Report of an investigation into the causes of the diseases known in Assam as Kála-Azár and Beri-Beri
Disease focus: Beri-Beri
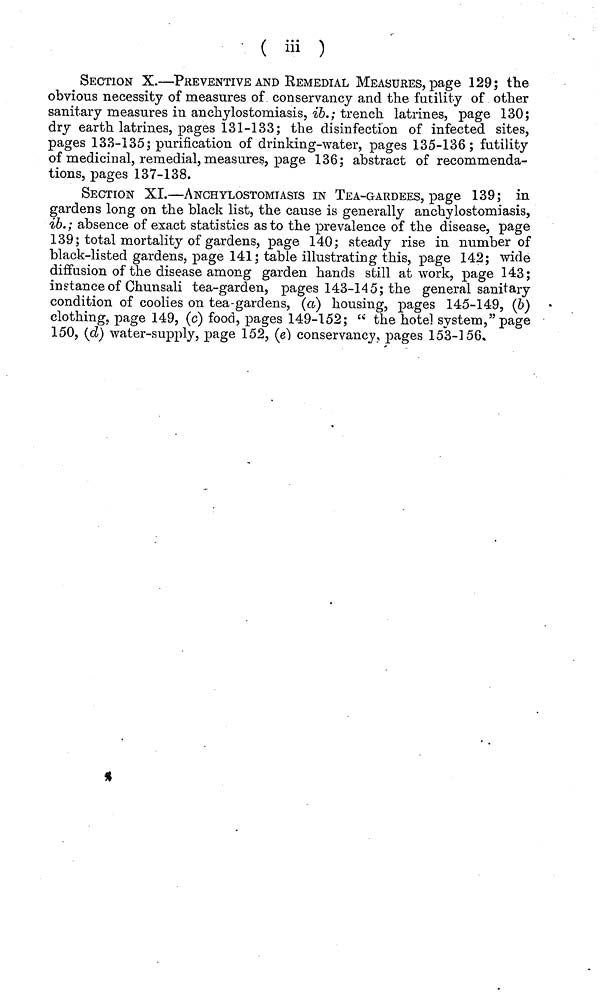
( Hi )
SECTION X.—PREVENTIVE AND REMEDIAL MEASURES, page 129; the
obvious necessity of measures of conservancy and the futility of other
sanitary measures in anchylostomiasis, ib.; trench latrines, page 130;
dry earth latrines, pages 131-133; the disinfection of infected sites,
pages 133-135; purification of drinking-water, pages 135-136; futility
of medicinal, remedial, measures, page 136; abstract of recommenda-
tions, pages 137-138.
SECTION XL—ANCHYLOSTOMIASIS IN TEA-GARDEES, page 139; in
gardens long on the black list, the cause is generally anchylostomiasis,
ib. ; absence of exact statistics as to the prevalence of the disease, page
139; total mortality of gardens, page 140; steady rise in number of
black-listed gardens, page 141; table illustrating this, page 142; wide
diffusion of the disease among garden hands still at work, page 143;
in stance of Chunsali tea-garden, pages 143-145; the general sanitary
condition of coolies on tea-gardens, (a) housing, pages 145-149, (δ)
clothing, page 149, (c) food, pages 149-152; " the hotel system,"page
150, (d) water-supply, page 152, (e] conservancy, pages 153-156.